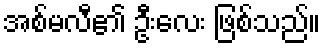
အစ်မလီ၏ ဦးလေး ဖြစ်သည်။